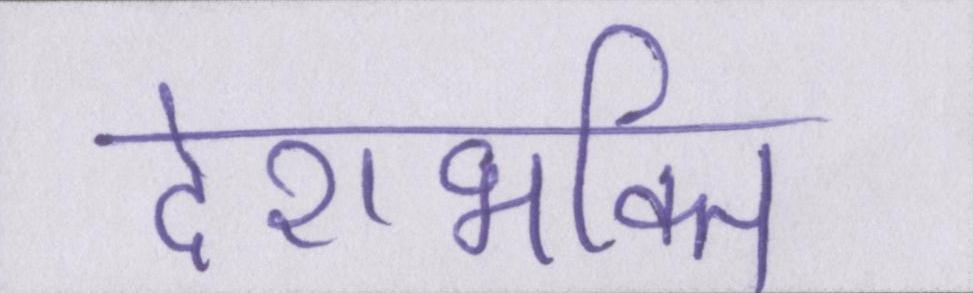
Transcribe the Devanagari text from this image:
देशभक्ति